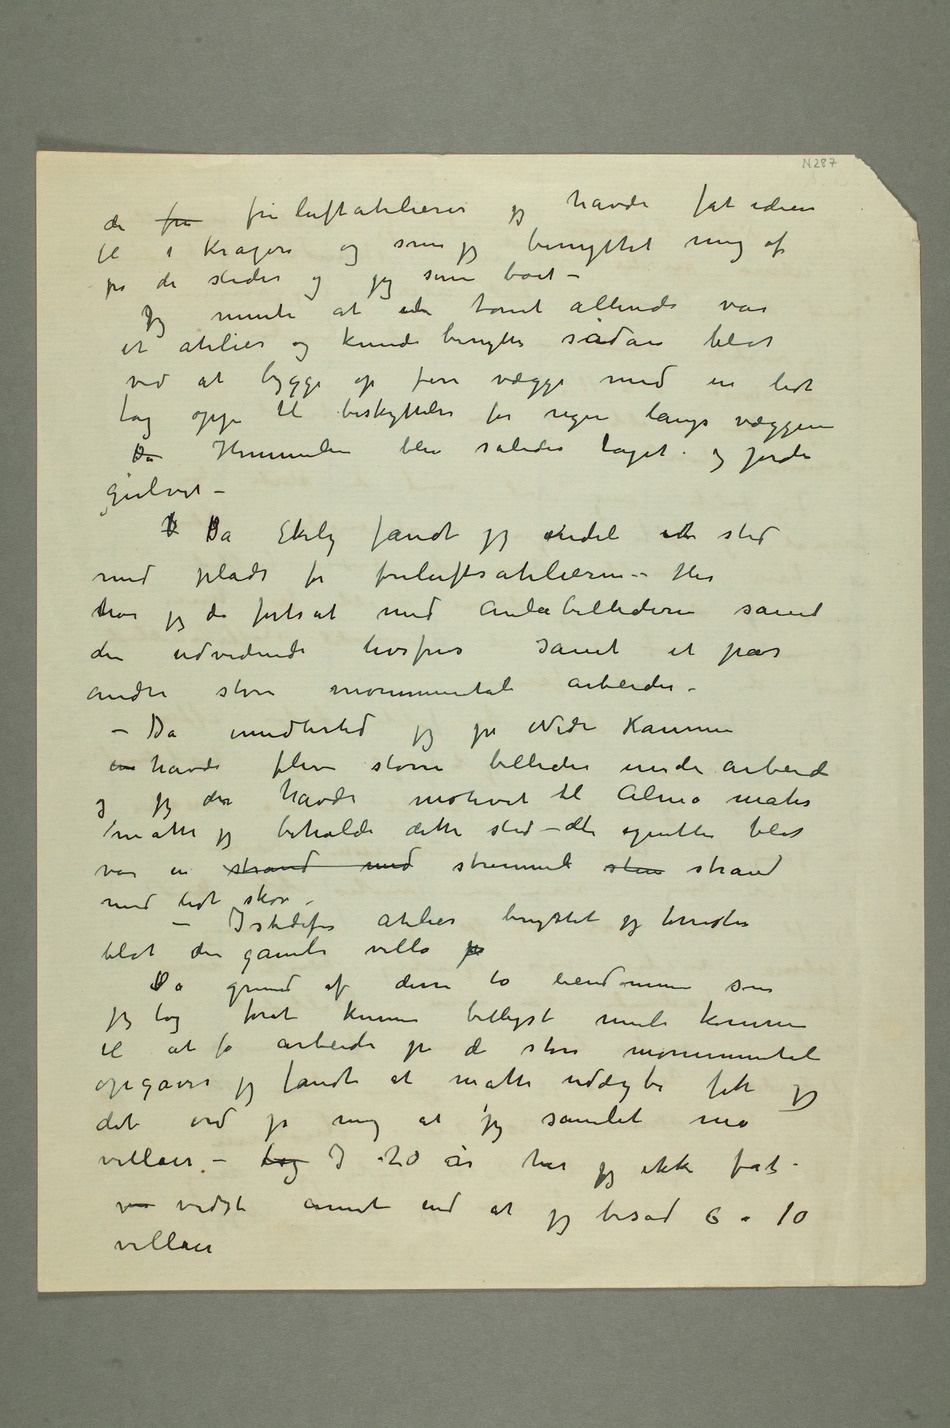
de fri friluftsatelierer jeg havde fåt ideen
til i Kragerø og som jeg benyttet mig af
på de steder og jeg senere boet
– Jeg mente at etn tomt allerede var
et atelier og kunde benyttes sådan blot
ved at bygge op fire vægge med en lidt
tag opp til beskyttelse for regn langs væggen
Da Himmelen blev således taget og jorden
gulvet
– På Ekely fandt jeg endeli ent sted
med plads for friluftsatelierne – Her
har jeg da fortsat med Aulabillederne samt
den udvidende livsfrise samt et par
andre store monumentale arbeider –
– Da imidlertid jeg på Nedre Ramme
er havde flere store billeder under arbeid
og jeg der havde motivet til Alma mater
måtte jeg beholde dette sted – der egentli blot
var en strand med stenet sten strand
med lidt skov –
blot den gamle villa p
På grund af disse to eiendomme som
jeg tog forat kunne billigst muli komme
til at få arbeide på de store monumentale
opgaver jeg fandt at måtte uddybe fik jeg
det ord på mig at jeg samlet mig
villaer – tog I 20 år har jeg ikke fåt
villaer